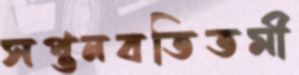
সপ্তনবতিতমী